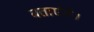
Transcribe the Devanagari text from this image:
बताएंगे।